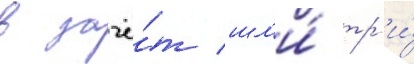
в зачё́т шл'и́ тр'и́